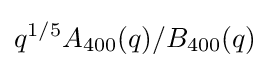
q^{1/5}A_{400}(q)/B_{400}(q)